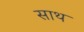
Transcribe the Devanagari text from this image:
साथ